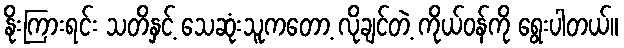
နိုးကြားရင်း သတိနှင့် သေဆုံးသူကတော့ လိုချင်တဲ့ ကိုယ်ဝန်ကို ရွေးပါတယ်။